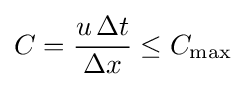
C={\frac {u\,\Delta t}{\Delta x}}\leq C_{\max }